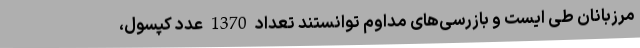
مرزبانان طی ایست و بازرسی‌های مداوم توانستند تعداد 1370 عدد کپسول،